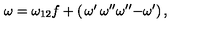
\omega = \omega _ { 1 2 } f + \left( \begin{matrix} { \omega ^ { \prime } } & { \omega ^ { \prime \prime } } \\ { \omega ^ { \prime \prime } } & { - \omega ^ { \prime } } \\ \end{matrix} \right) ,